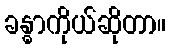
ခန္ဓာကိုယ်ဆိုတာ။